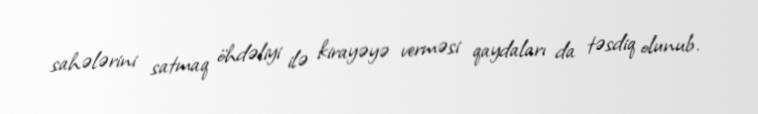
sahələrini satmaq öhdəliyi ilə kirayəyə verməsi qaydaları da təsdiq olunub.